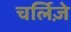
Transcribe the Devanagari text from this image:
चर्लिज़े